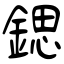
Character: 鍶